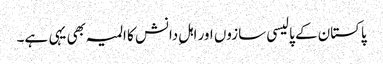
پاکستان کے پالیسی سازوں اور اہلِ دانش کا المیہ بھی یہی ہے۔